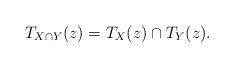
LaTeX: \begin{align*}T_{X \cap Y}(z) = T_{X}(z) \cap T_{Y}(z).\end{align*}